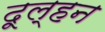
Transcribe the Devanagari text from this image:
दूल्हन